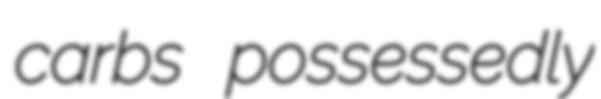
carbs possessedly